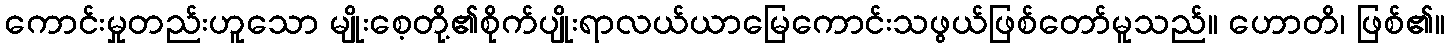
ကောင်းမှုတည်းဟူသော မျိုးစေ့တို့၏စိုက်ပျိုးရာလယ်ယာမြေကောင်းသဖွယ်ဖြစ်တော်မူသည်။ ဟောတိ၊ ဖြစ်၏။